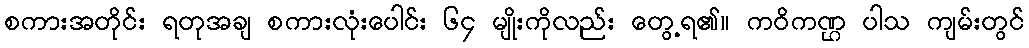
စကားအတိုင်း ရတုအချ စကားလုံးပေါင်း ၆၄ မျိုးကိုလည်း တွေ့ရ၏။ ကဝိကဏ္ဌ ပါသ ကျမ်းတွင်